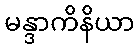
မန္ဒာကိနိယာ